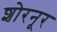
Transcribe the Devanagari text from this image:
शोरनूर